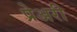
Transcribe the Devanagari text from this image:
प्रेअरी